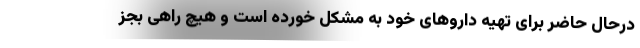
درحال حاضر برای تهیه داروهای خود به مشکل خورده است و هیچ راهی بجز